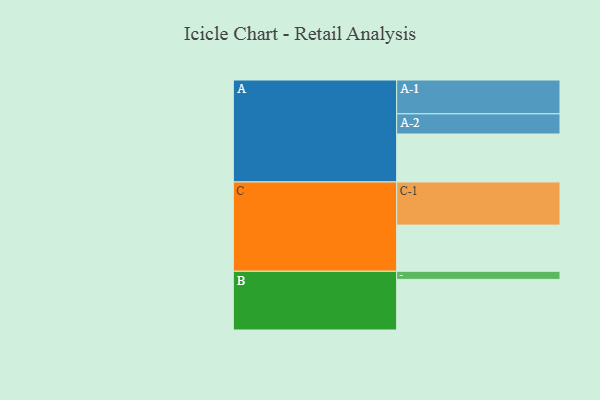
{"axis": {"x": "Segment", "y": "Value"}, "legend": ["", "A", "B", "C"], "data": [{"x": "A", "y": 326, "type": ""}, {"x": "B", "y": 344, "type": ""}, {"x": "C", "y": 314, "type": ""}, {"x": "A-1", "y": 230, "type": "A"}, {"x": "A-2", "y": 137, "type": "A"}, {"x": "B-1", "y": 55, "type": "B"}, {"x": "C-1", "y": 293, "type": "C"}]}